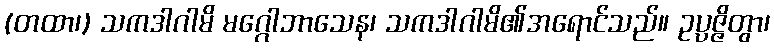
(တထာ၊) သကဒါဂါမိ မဂ္ဂေါဘာသေန၊ သကဒါဂါမိ၏အရောင်သည်။ ဥပ္ပဇ္ဇိတွာ၊